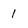
Character: 1